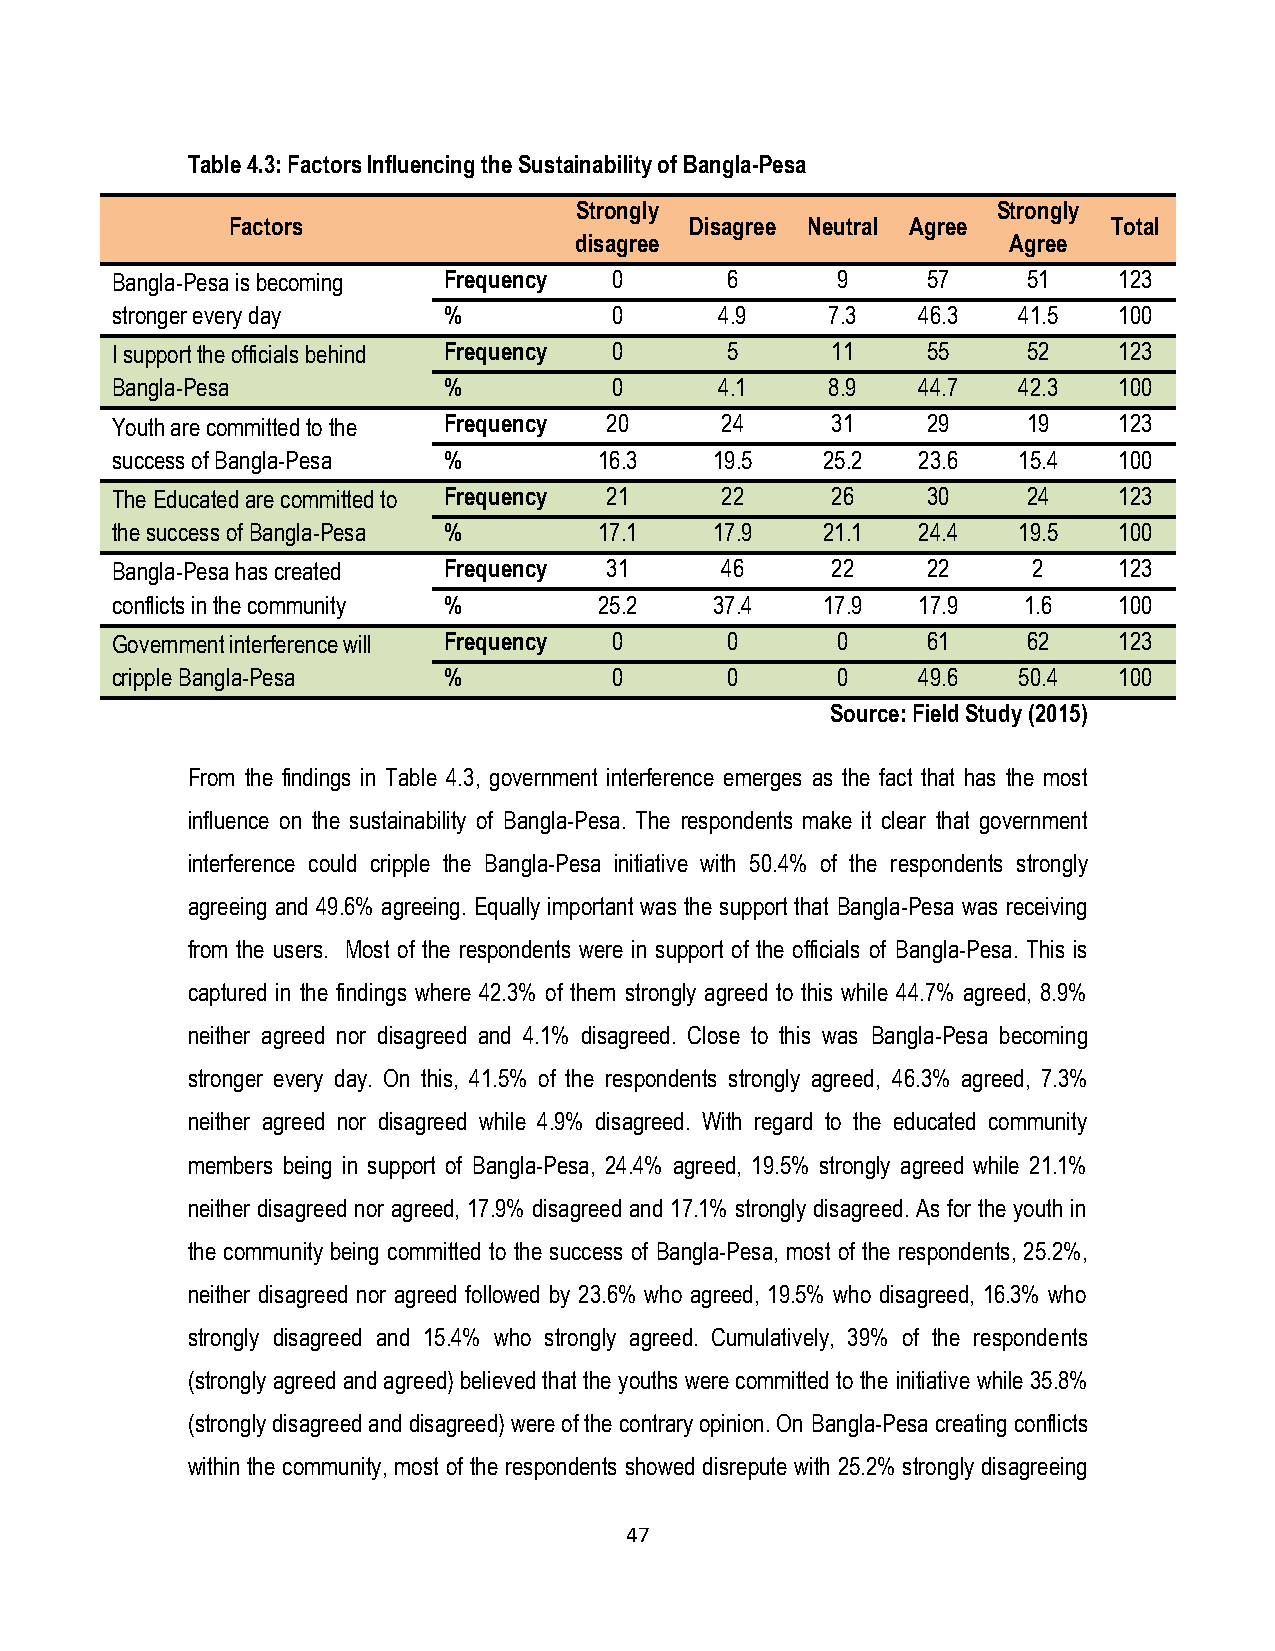
Table 4.3: Factors Influencing the Sustainability of Bangla-Pesa
 Strongly                    Strongly
 Factors                        Disagree Neutral Agree      Total
 disagree                     Agree
 Bangla-Pesa is becoming Frequency 0      6      9     57     51    123
 stronger every day    %           0      4.9    7.3   46.3  41.5   100
 I support the officials behind Frequency 0 5    11    55     52    123
 Bangla-Pesa           %           0      4.1    8.9   44.7  42.3   100
 Youth are committed to the Frequency 20  24     31    29     19    123
 success of Bangla-Pesa %         16.3   19.5   25.2   23.6  15.4   100
 The Educated are committed to Frequency 21 22   26    30     24    123
 the success of Bangla-Pesa %     17.1   17.9   21.1   24.4  19.5   100
 Bangla-Pesa has created Frequency 31     46     22    22     2     123
 conflicts in the community %     25.2   37.4   17.9   17.9   1.6   100
 Government interference will Frequency 0 0      0     61     62    123
 cripple Bangla-Pesa   %           0      0      0     49.6  50.4   100
 Source: Field Study (2015)
 From the findings in Table 4.3, government interference emerges as the fact that has the most
 influence on the sustainability of Bangla-Pesa. The respondents make it clear that government
 interference could cripple the Bangla-Pesa initiative with 50.4% of the respondents strongly
 agreeing and 49.6% agreeing. Equally important was the support that Bangla-Pesa was receiving
 from the users. Most of the respondents were in support of the officials of Bangla-Pesa. This is
 captured in the findings where 42.3% of them strongly agreed to this while 44.7% agreed, 8.9%
 neither agreed nor disagreed and 4.1% disagreed. Close to this was Bangla-Pesa becoming
 stronger every day. On this, 41.5% of the respondents strongly agreed, 46.3% agreed, 7.3%
 neither agreed nor disagreed while 4.9% disagreed. With regard to the educated community
 members being in support of Bangla-Pesa, 24.4% agreed, 19.5% strongly agreed while 21.1%
 neither disagreed nor agreed, 17.9% disagreed and 17.1% strongly disagreed. As for the youth in
 the community being committed to the success of Bangla-Pesa, most of the respondents, 25.2%,
 neither disagreed nor agreed followed by 23.6% who agreed, 19.5% who disagreed, 16.3% who
 strongly disagreed and 15.4% who strongly agreed. Cumulatively, 39% of the respondents
 (strongly agreed and agreed) believed that the youths were committed to the initiative while 35.8%
 (strongly disagreed and disagreed) were of the contrary opinion. On Bangla-Pesa creating conflicts
 within the community, most of the respondents showed disrepute with 25.2% strongly disagreeing
 47